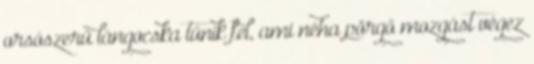
orsószerű lángocska tűnik fel, ami néha pörgő mozgást végez